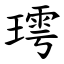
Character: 㻬